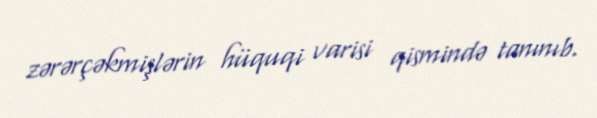
zərərçəkmişlərin hüquqi varisi qismində tanınıb.